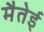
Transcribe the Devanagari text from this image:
मैतेई